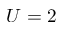
U = 2